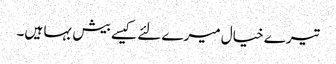
تیرے خیال میرے لئے کیسے بیش بہا ہیں۔